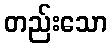
တည်းသော